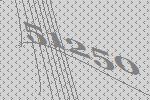
51250